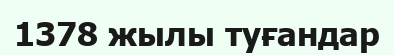
1378 жылы туғандар